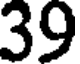
39